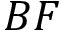
B F